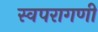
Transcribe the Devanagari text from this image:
स्वपरागणी